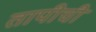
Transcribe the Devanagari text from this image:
तापीची